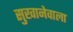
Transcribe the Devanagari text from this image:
सुखानेवाला